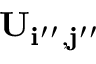
\bf { U } _ { i ^ { \prime \prime } , j ^ { \prime \prime } }